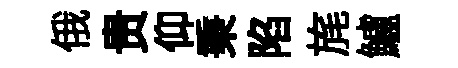
俄贵仰秉陷旄鱸